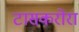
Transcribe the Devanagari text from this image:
टासकरोरा